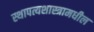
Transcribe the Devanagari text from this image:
स्थापत्यशास्त्रामधील